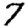
Digit: 7